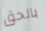
بالحق